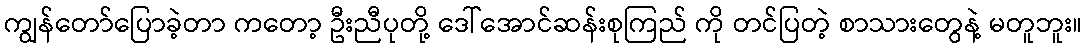
ကျွန်တော်ပြောခဲ့တာ ကတော့ ဦးညီပုတို့ ဒေါ်အောင်ဆန်းစုကြည် ကို တင်ပြတဲ့ စာသားတွေနဲ့ မတူဘူး။